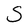
Character: S